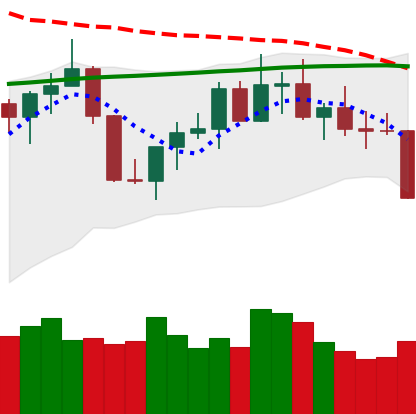
Ticker: TRX-USD
Chart end date: 2022-07-25
Forward return: 8.281%
Label: up_7plus